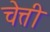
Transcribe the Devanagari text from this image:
चेत्ती